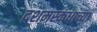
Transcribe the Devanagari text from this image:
दशमस्कंधाच्या